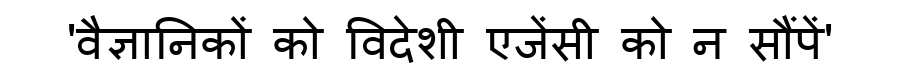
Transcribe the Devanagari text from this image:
'वैज्ञानिकों को विदेशी एजेंसी को न सौंपें'